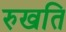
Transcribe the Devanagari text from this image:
रुखति